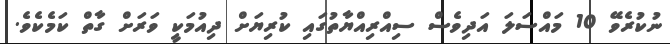
ނުކުރެވޭ 10 މައްސަލަ އަދިވެސް ސިއްރިއްޔާތުގައި ކުރިޔަށް ދިއުމަކީ ވަރަށް ގާތް ކަމެކެވެ.